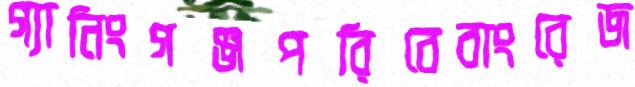
গ্যানিংগঞ্জপরিবেবাংরেজ